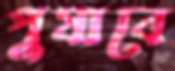
পুষাবে